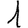
Digit: 1